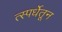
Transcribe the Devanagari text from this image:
त्स्पर्धेतून